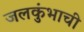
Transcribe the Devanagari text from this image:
जलकुंभाची